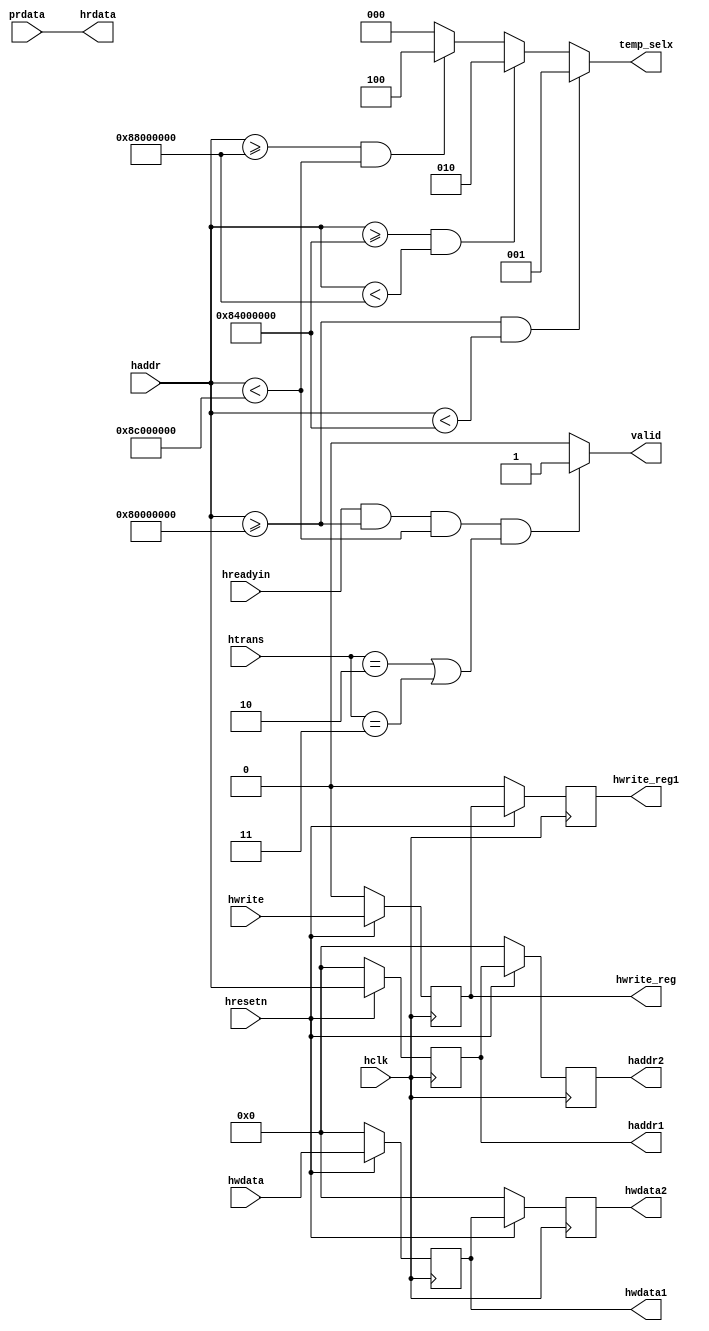
module ahb_slave_interface(input hclk,hresetn,hwrite,hreadyin, 
input [31:0] hwdata,haddr,prdata,
input [1:0]htrans,
output wire [31:0] hrdata,
output reg [31:0] haddr1,haddr2,hwdata1,hwdata2,
output reg hwrite_reg,hwrite_reg1, valid,
output reg [2:0] temp_selx);
//piplining haddr,hwdata and write signal
always@(posedge hclk)
begin 
if(!hresetn)
begin
haddr1<=0;
haddr2<=0;
end 
else 
begin
haddr1 <=haddr;
haddr2<=haddr1;
end 
end
always@(posedge hclk)
begin 
if(!hresetn)
begin
hwdata1 <=0;
hwdata2<=0;
end 
else 
begin
hwdata1 <=hwdata;
hwdata2<=hwdata1;
end 
end
always@(posedge hclk)
begin 
if(!hresetn)
begin
hwrite_reg<=0;
hwrite_reg1 <=0;
end 
else 
begin
hwrite_reg<=hwrite;
hwrite_reg1 <=hwrite_reg;
end 
end
//generating valid signal
always@(*) 
begin
valid=0;
if(hreadyin==1 && haddr>=32'h80000000 && haddr<32'h8c000000 && (htrans==2'b10||htrans==2'b11))
valid=1; 
else
valid=0; 
end
//generating temp_selx signal
always@(*)
begin
temp_selx=0;
if(haddr>=32'h80000000 && haddr<32'h84000000) 
temp_selx=3'b001;
else if(haddr>=32'h84000000 && haddr<32'h88000000) 
temp_selx=3'b010;
else if(haddr>=32'h88000000 && haddr<32'h8c000000) 
temp_selx=3'b100;
else
temp_selx=0;
 end
assign hrdata=prdata; 
endmodule